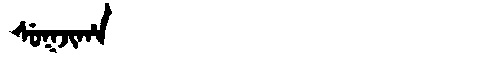
Manchu: ᠰᡠᡴᠵᡳᡥᠠ
Romanization: SUKJIHA